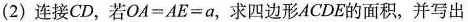
(2)连接CD，若$$O A = A E = a$$，求四边形ACDE的面积，并写出